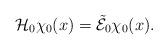
LaTeX: \begin{align*}\mathcal{H}_0\chi_0(x)=\tilde{\mathcal E}_0\chi_0(x).\end{align*}